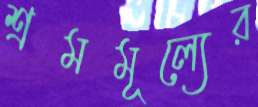
শ্রমমূল্যের